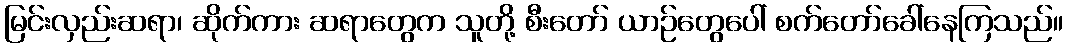
မြင်းလှည်းဆရာ၊ ဆိုက်ကား ဆရာတွေက သူတို့ စီးတော် ယာဉ်တွေပေါ် စက်တော်ခေါ်နေကြသည်။